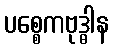
ပစ္စေကဗုဒ္ဓါန